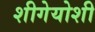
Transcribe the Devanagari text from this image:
शीगेयोशी